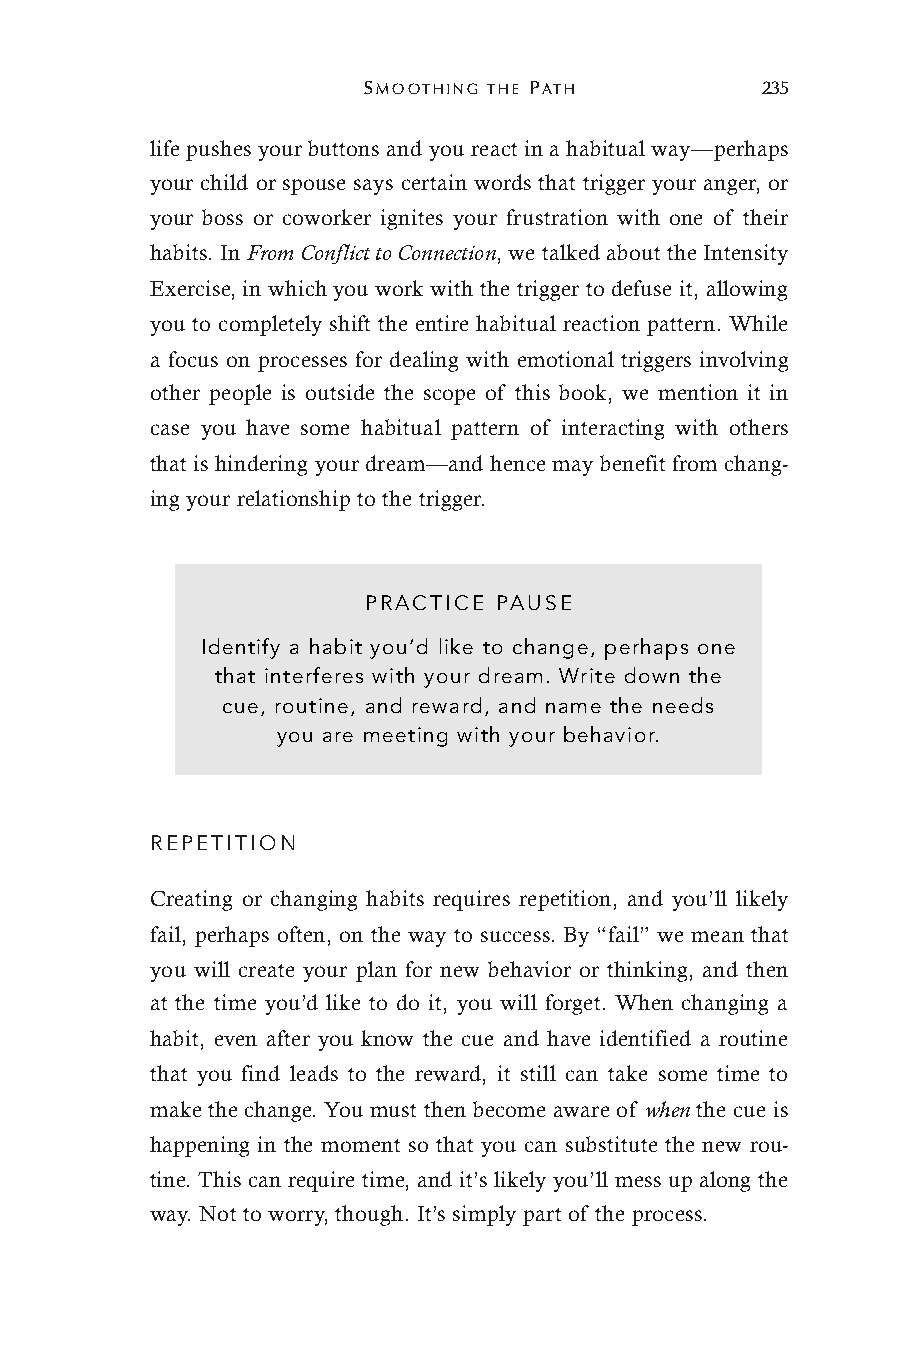
SMOOTHING THE PATH        235
 life pushes your buttons and you react in a habitual way—perhaps
 your child or spouse says certain words that trigger your anger, or
 your boss or coworker ignites your frustration with one of their
 habits. In From Conflict to Connection, we talked about the Intensity
 Exercise, in which you work with the trigger to defuse it, allowing
 you to completely shift the entire habitual reaction pattern. While
 a focus on processes for dealing with emotional triggers involving
 other people is outside the scope of this book, we mention it in
 case you have some habitual pattern of interacting with others
 that is hindering your dream—and hence may benefit from chang-
 ing your relationship to the trigger.
 PRACTICE PAUSE
 Identify a habit you’d like to change, perhaps one
 that interferes with your dream. Write down the
 cue, routine, and reward, and name the needs
 you are meeting with your behavior.
 REPETITION
 Creating or changing habits requires repetition, and you’ll likely
 fail, perhaps often, on the way to success. By “fail” we mean that
 you will create your plan for new behavior or thinking, and then
 at the time you’d like to do it, you will forget. When changing a
 habit, even after you know the cue and have identified a routine
 that you find leads to the reward, it still can take some time to
 make the change. You must then become aware of when the cue is
 happening in the moment so that you can substitute the new rou-
 tine. This can require time, and it’s likely you’ll mess up along the
 way. Not to worry, though. It’s simply part of the process.